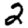
Digit: 2